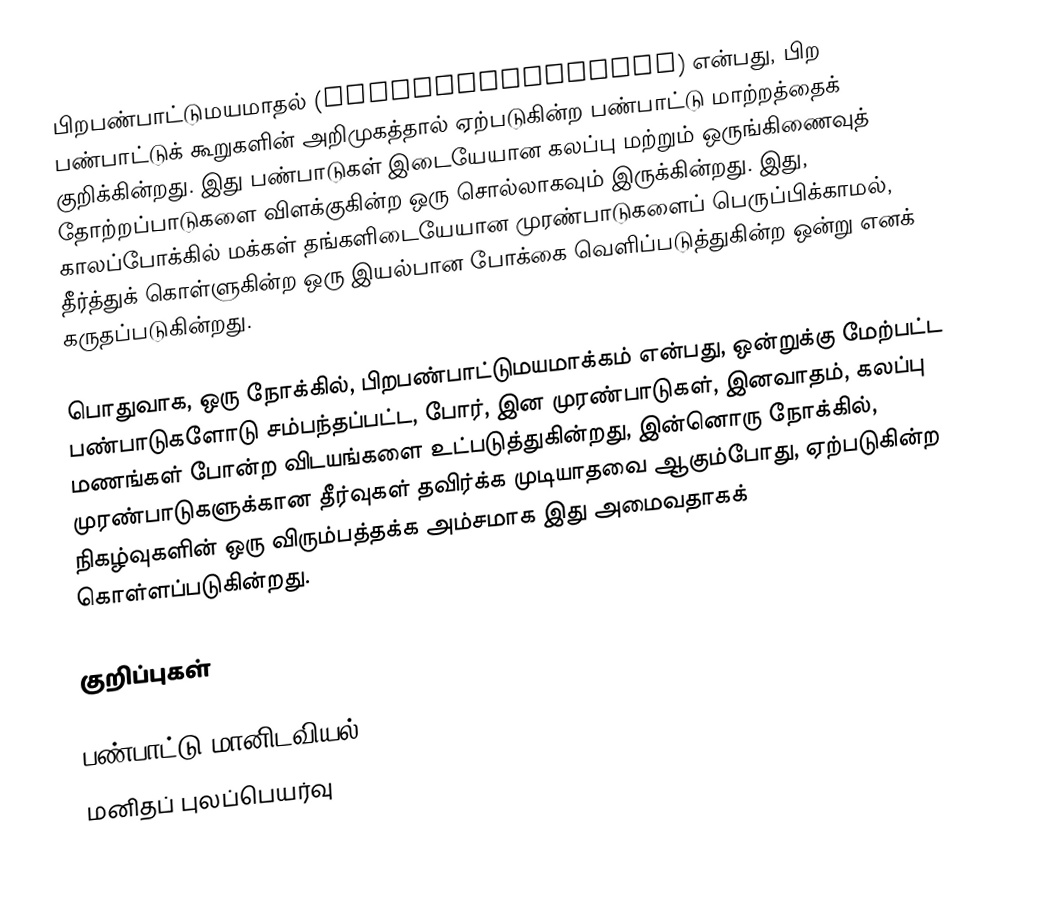
பிறபண்பாட்டுமயமாதல் (Transculturation) என்பது, பிற பண்பாட்டுக் கூறுகளின் அறிமுகத்தால் ஏற்படுகின்ற பண்பாட்டு மாற்றத்தைக் குறிக்கின்றது. இது பண்பாடுகள் இடையேயான கலப்பு மற்றும் ஒருங்கிணைவுத் தோற்றப்பாடுகளை விளக்குகின்ற ஒரு சொல்லாகவும் இருக்கின்றது. இது, காலப்போக்கில் மக்கள் தங்களிடையேயான முரண்பாடுகளைப் பெருப்பிக்காமல், தீர்த்துக் கொள்ளுகின்ற ஒரு இயல்பான போக்கை வெளிப்படுத்துகின்ற ஒன்று எனக் கருதப்படுகின்றது.

பொதுவாக, ஒரு நோக்கில், பிறபண்பாட்டுமயமாக்கம் என்பது, ஒன்றுக்கு மேற்பட்ட பண்பாடுகளோடு சம்பந்தப்பட்ட, போர், இன முரண்பாடுகள், இனவாதம், கலப்பு மணங்கள் போன்ற விடயங்களை உட்படுத்துகின்றது, இன்னொரு நோக்கில், முரண்பாடுகளுக்கான தீர்வுகள் தவிர்க்க முடியாதவை ஆகும்போது, ஏற்படுகின்ற நிகழ்வுகளின் ஒரு விரும்பத்தக்க அம்சமாக இது அமைவதாகக் கொள்ளப்படுகின்றது.

குறிப்புகள்

பண்பாட்டு மானிடவியல்
மனிதப் புலப்பெயர்வு